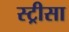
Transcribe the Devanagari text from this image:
स्ट्रीसा